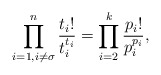
\begin{align*}\prod_{i = 1, i \neq \sigma}^n\frac{t_i!}{t_i^{t_i}} = \prod_{i = 2}^k\frac{p_i!}{p_i^{p_i}},\end{align*}